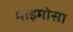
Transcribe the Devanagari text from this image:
माइमोसा